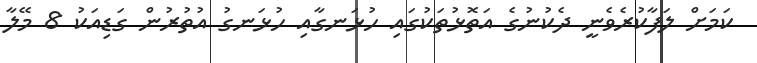
ކަމަށް ލަފާކުރެވެނީ ދެކުނުގެ އަތޮޅުތަކުގައި ހުޅަނގާއި ހުޅަނގު އުތުރުން ގަޑިއަކު 8 މޭލާ